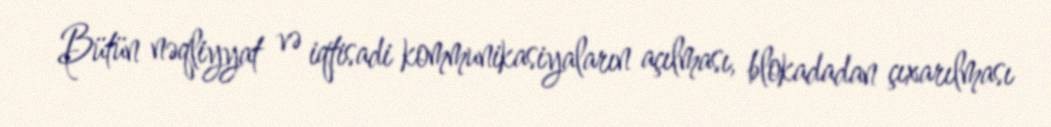
Bütün nəqliyyat və iqtisadi kommunikasiyaların açılması, blokadadan çıxarılması